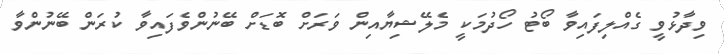
ވިދާޅުވީ ގެއްލިފައިވާ ބޯޓު ހޯދުމަކީ މެލޭޝިޔާއިން ވަރަށް ބޮޑަށް ބޭނުންވެފައިވާ ކުރަން ބޭނުންވާ